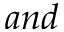
a n d